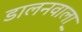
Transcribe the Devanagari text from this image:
डालनवाला़